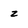
Character: z